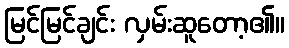
မြင်မြင်ချင်း လှမ်းဆူတော့၏။